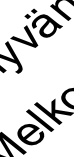
e ä